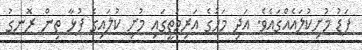
ފަޑު މުށިކުލައެއްގައެވެ. އަދި މަހުގެ އަރިމަތީގައި މުށި ކުލައިގެ ފުޅާ ތިން ރޮނގު